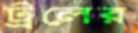
ট্রলের